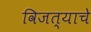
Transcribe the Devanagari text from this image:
विजत्याचे